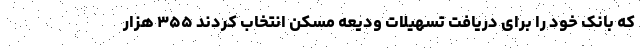
که بانک خود را برای دریافت تسهیلات ودیعه مسکن انتخاب کردند ۳۵۵ هزار